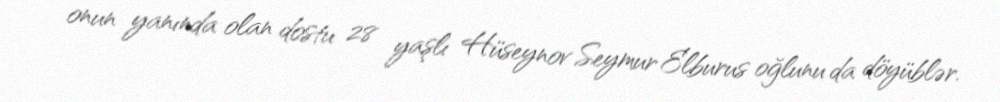
onun yanında olan dostu 28 yaşlı Hüseynov Seymur Elburus oğlunu da döyüblər.